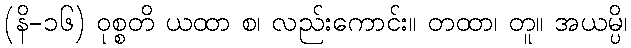
(နိ-၁၆) ဝုစ္စတိ ယထာ စ၊ လည်းကောင်း။ တထာ၊ တူ။ အယမ္ပိ၊